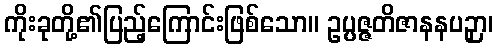
ကိုးခုတို့၏ပြည့်ကြောင်းဖြစ်သော။ ဥပ္ပဇ္ဇတိဇာနနပဉှာ၊